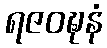
ရဇဝဍ္ဎနံ